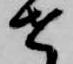
せ